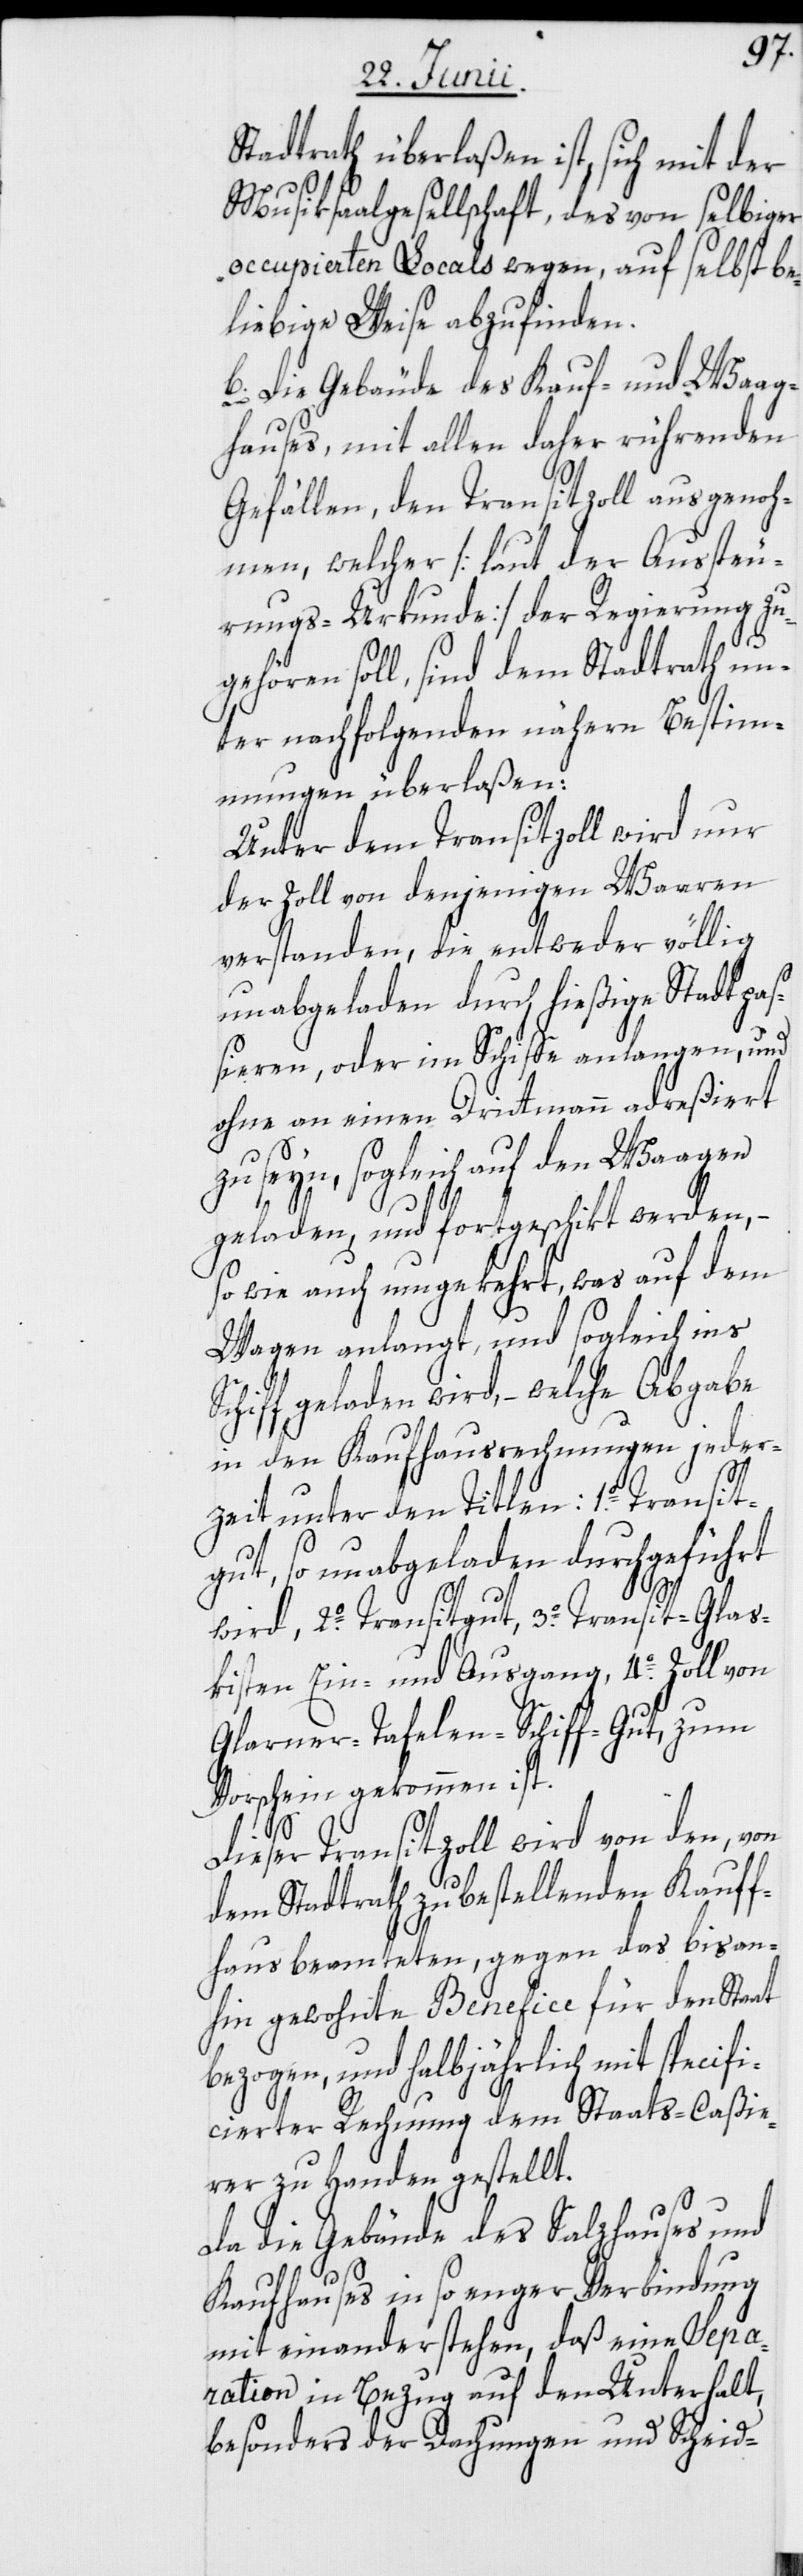
Stadtrath überlaßen ist, sich mit der
Musiksaalgesellschaft, des von selbiger
occupierten Locals wegen, auf selbst be¬
liebige Weise abzufinden.
b. Die Gebäude des Kauf- und Waag¬
hauses, mit allen daher rührenden
Gefällen, den Transitzoll ausgenoh¬
men, welcher [laut der Aussteu¬
rungs-Urkunde] der Regierung zu¬
gehören soll, sind dem Stadtrath un¬
ter nachfolgenden nähern Bestimm¬
ungen überlaßen:
Unter dem Transitzoll wird nur
der Zoll von denjenigen Waaren
verstanden, die entweder völlig
unabgeladen durch hießige Stadt paß¬
ieren, oder im Schiffe anlangen, und
ohne an einen Drittmann adreßiert
zu seyn, sogleich auf den Waagen
geladen, und fortgeschikt werden,
so wie auch umgekehrt, was auf dem
Wagen anlangt, und sogleich ins
Schiff geladen wird, – welche Abgabe
in den Kaufhausrechnungen jeder¬
zeit unter den Titlen: 1o. Transit¬
gut, so unabgeladen durchgeführt
wird, 2o. Transitgut, 3o. Transit-Glas¬
kisten Ein- und Ausgang, 4o. Zoll von
Glarner-Tafelen-Schiff-Gut, zum
Vorschein gekommen ist.
Dieser Transitzoll wird von den, von
dem Stadtrath zu bestellenden Kauff¬
hausbeamteten, gegen das bisan¬
hin gewohnte Benefice für den Staat
bezogen, und halbjährlich mit specifi¬
cierter Rechnung dem Staats-Caßie¬
rer zu Handen gestellt.
Da die Gebäude des Salzhauses und
Kaufhauses in so enger Verbindung
mit einander stehen, daß eine Sepa¬
ration in Bezug auf den Unterhalt,
besonders der Dachungen und Scheid-